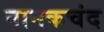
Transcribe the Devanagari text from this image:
नानकचंद